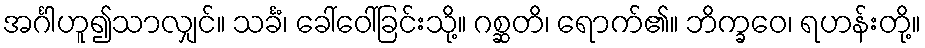
အင်္ဂါဟူ၍သာလျှင်။ သင်္ခံ၊ ခေါ်ဝေါ်ခြင်းသို့။ ဂစ္ဆတိ၊ ရောက်၏။ ဘိက္ခဝေ၊ ရဟန်းတို့။